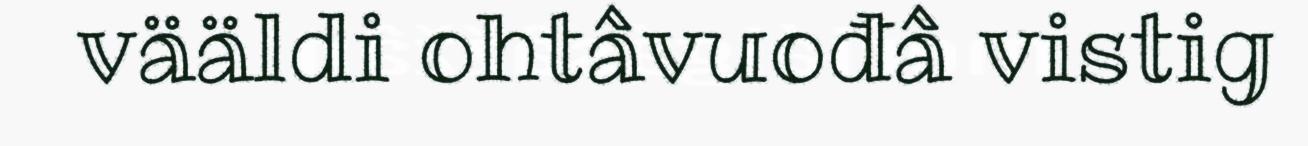
vääldi ohtâvuođâ vistig